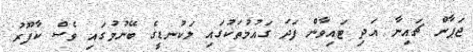
ޖަޕާން ޗައިނާ އަދި ޓައިވާން ފަދަ ގައުމުތަކުގައި ލަކުނޑީގެ ބޭނުމުގައި ވެސް ކާފޫރު